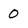
Character: 0